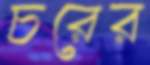
চরের